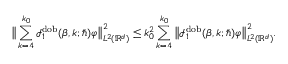
\big \lVert \sum _ { k = 4 } ^ { k _ { 0 } } \mathcal { I } _ { 1 } ^ { \mathrm { d o b } } ( \beta , k ; \hbar ) \varphi \big \rVert _ { L ^ { 2 } ( \mathbb { R } ^ { d } ) } ^ { 2 } \leq k _ { 0 } ^ { 2 } \sum _ { k = 4 } ^ { k _ { 0 } } \big \lVert \mathcal { I } _ { 1 } ^ { \mathrm { d o b } } ( \beta , k ; \hbar ) \varphi \big \rVert _ { L ^ { 2 } ( \mathbb { R } ^ { d } ) } ^ { 2 } .